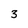
Character: 3